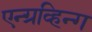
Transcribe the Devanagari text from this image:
एन्ग्रव्हिन्ग